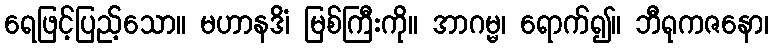
ရေဖြင့်ပြည့်သော။ မဟာနဒိံ၊ မြစ်ကြီးကို။ အာဂမ္မ၊ ရောက်၍။ ဘီရုကဇနော၊